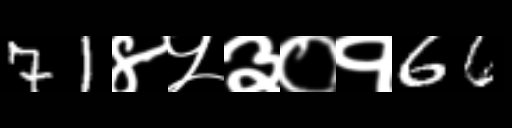
Text: 71४५३०१66